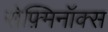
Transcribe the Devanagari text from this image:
सेफ़्मिनॉक्स